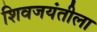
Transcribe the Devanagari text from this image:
शिवजयंतीला